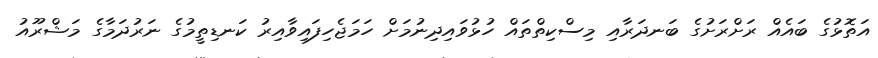
އަތޮޅުގެ ބައެއް ރަށްރަށުގެ ބަނދަރާއި މިސްކިތްތައް ހުޅުވައިދިނުމަށް ހަމަޖެހިފައިވާއިރު ކަނޑިތީމުގެ ނަރުދަމާގެ މަޝްރޫއު